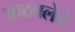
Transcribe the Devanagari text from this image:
आठवलेंचे